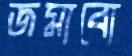
জমাবো